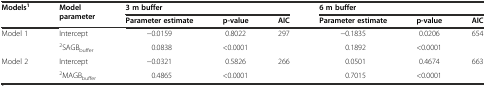
<table><thead><tr><td rowspan="2"><b>Models<sup>1</sup></b></td><td rowspan="2"><b>Model parameter</b></td><td colspan="3"><b>3 m buffer</b></td><td colspan="3"><b>6 m buffer</b></td></tr><tr><td><b>Parameter estimate</b></td><td><b>p-value</b></td><td><b>AIC</b></td><td><b>Parameter estimate</b></td><td><b>p-value</b></td><td><b>AIC</b></td></tr></thead><tbody><tr><td rowspan="2">Model 1</td><td>Intercept</td><td>−0.0159</td><td>0.8022</td><td rowspan="2">297</td><td>−0.1835</td><td>0.0206</td><td rowspan="2">654</td></tr><tr><td><sup>2</sup>SAGB<sub>buffer</sub></td><td>0.0838</td><td>&lt;0.0001</td><td>0.1892</td><td>&lt;0.0001</td></tr><tr><td rowspan="2">Model 2</td><td>Intercept</td><td>−0.0321</td><td>0.5826</td><td rowspan="2">266</td><td>0.0501</td><td>0.4674</td><td rowspan="2">663</td></tr><tr><td><sup>2</sup>MAGB<sub>buffer</sub></td><td>0.4865</td><td>&lt;0.0001</td><td>0.7015</td><td>&lt;0.0001</td></tr></tbody></table>